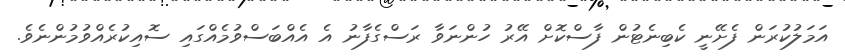
އަމަލުކުރަން ފެށޭނީ ކެބިނެޓުން ފާސްކޮށް އޭރު ހުންނަވާ ރަސްގެފާނު އެ އެއްބަސްވުމެއްގައި ސޮއިކުރެއްވުމުންނެވެ.